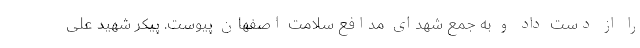
را از دست داد و به جمع شهدای مدافع سلامت اصفهان پیوست. پیکر شهید علی